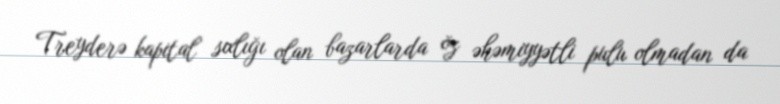
Treyderə kapital sıxlığı olan bazarlarda öz əhəmiyyətli pulu olmadan da